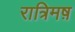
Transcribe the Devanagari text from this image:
रात्रिमष़